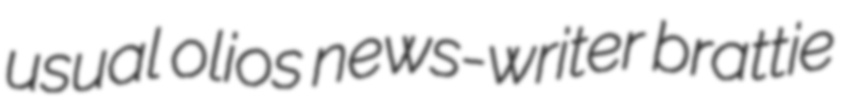
usual olios news-writer brattie